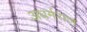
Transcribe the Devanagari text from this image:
अधर्मराज